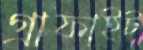
গ্রাফাইট